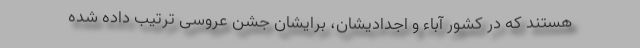
هستند که در کشور آباء و اجدادیشان، برایشان جشن عروسی ترتیب داده شده